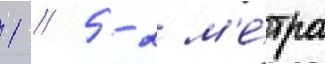
1 / 5-2 м'е́тра